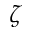
\zeta